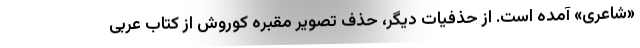
«شاعری» آمده است. از حذفیات دیگر، حذف تصویر مقبره کوروش از کتاب عربی